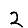
Digit: 2